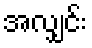
အလျှင်း